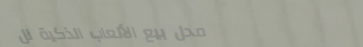
محل بيع الألعاب الذكية لل